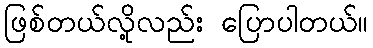
ဖြစ်တယ်လို့လည်း ပြောပါတယ်။